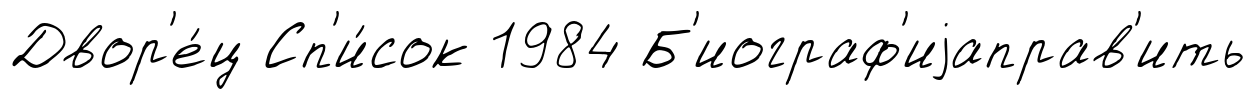
Двор'е́ц Сп'и́сок 1984 Б'иограф'иjаправ'ить